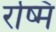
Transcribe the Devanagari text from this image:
रष्मि